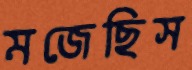
মজেছিস